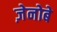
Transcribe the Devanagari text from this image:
ज़ेनोबे